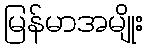
မြန်မာအမျိုး